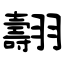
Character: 翿